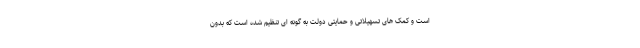
است و کمک های تسهیلاتی و حمایتی دولت به گونه ای تنظیم شده است که بدون